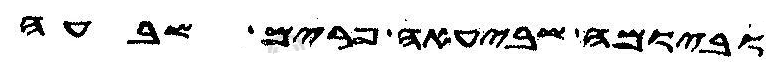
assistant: וביומה שביעאה פרים שבעה